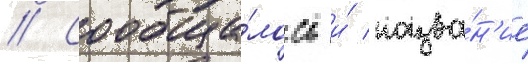
// Сообща́лось и́ назва́н'ие